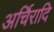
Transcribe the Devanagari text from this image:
अर्चिरादि